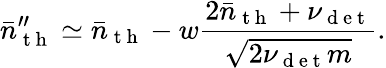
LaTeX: \bar{n}_{\mathrm{~t~h~}}^{\prime\prime}\simeq\bar{n}_{\mathrm{~t~h~}}-w\frac{2\bar{n}_{\mathrm{~t~h~}}+\nu_{\mathrm{~d~e~t~}}}{\sqrt{2\nu_{\mathrm{~d~e~t~}}m}}.